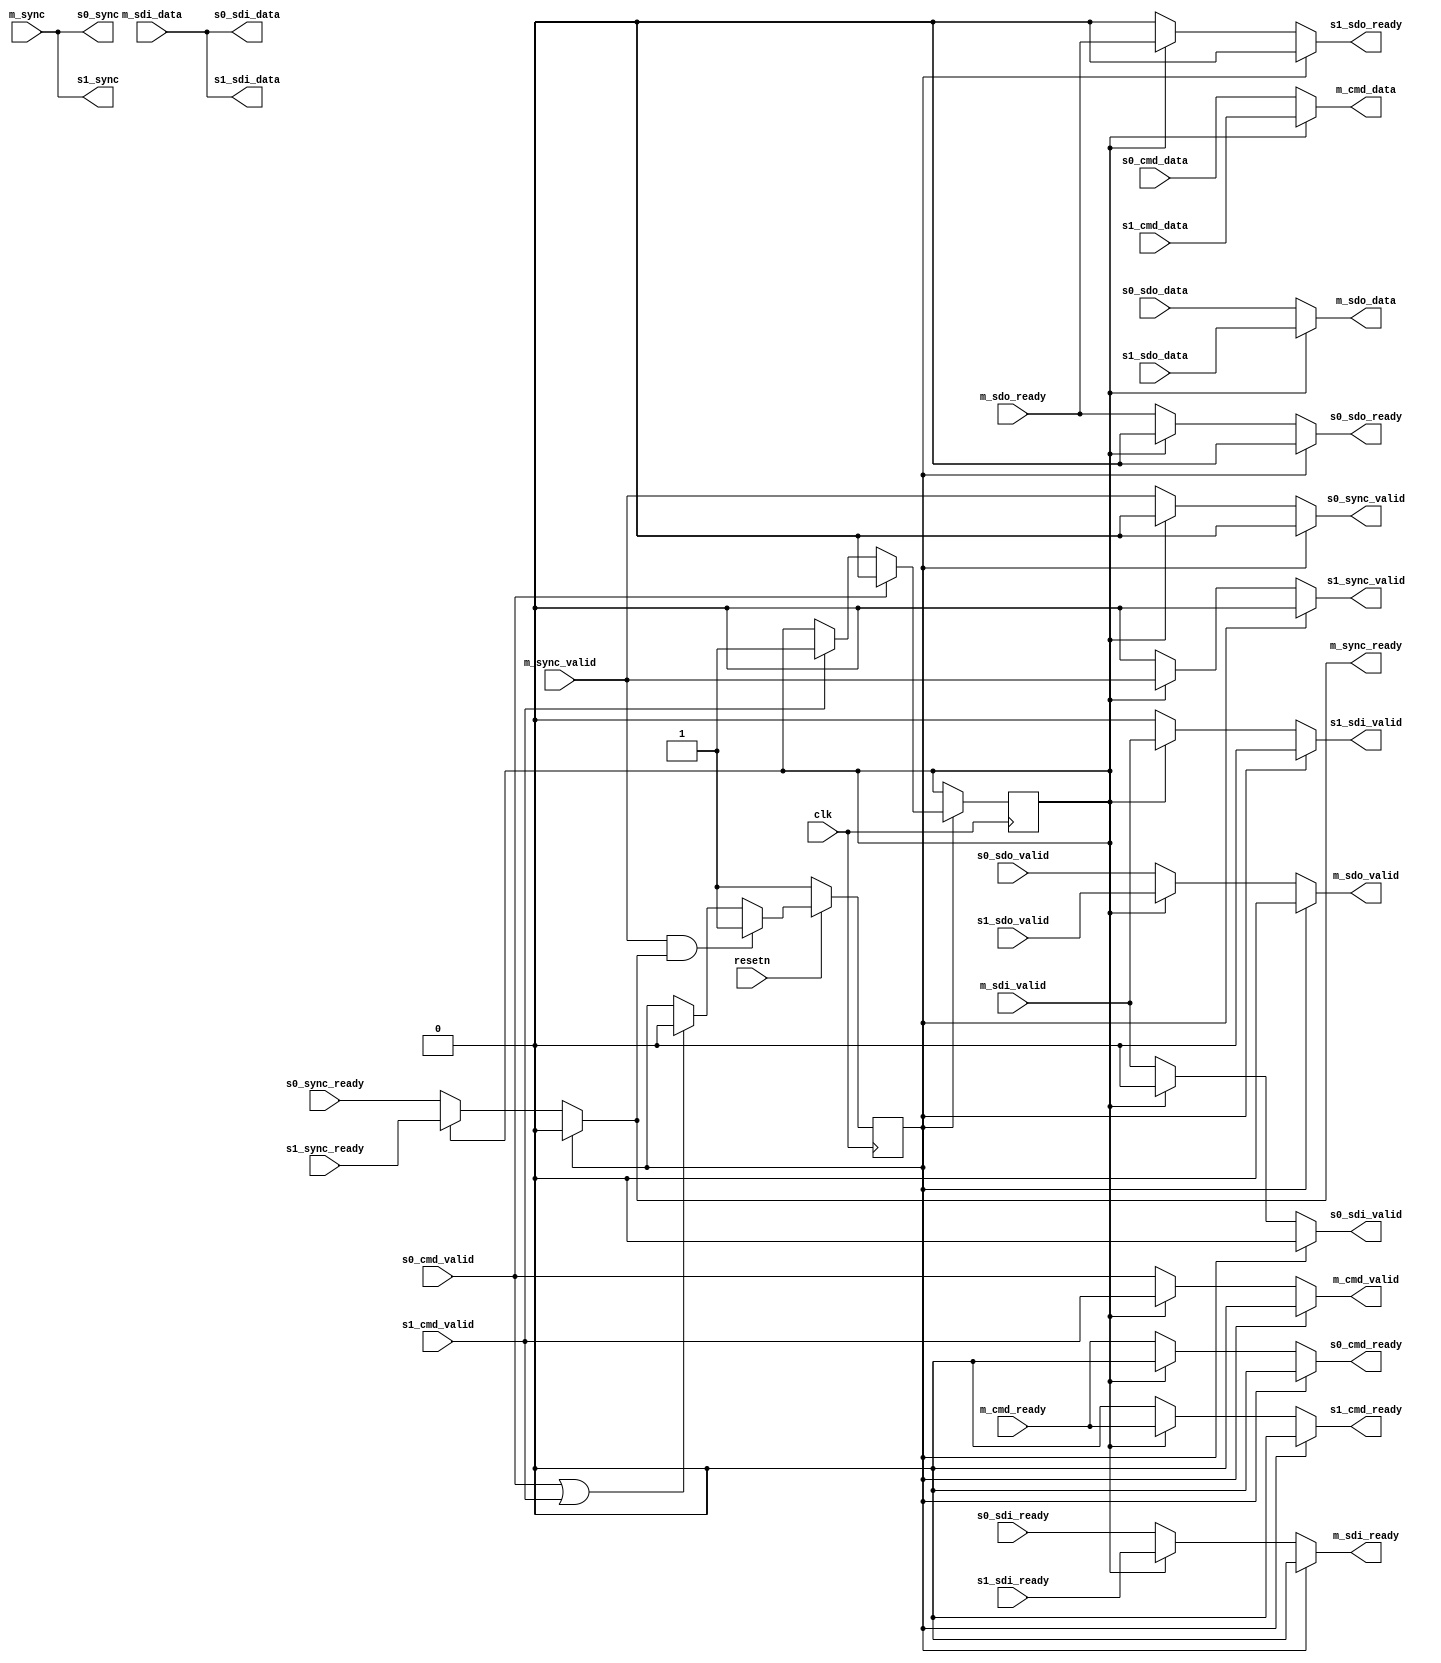
// ***************************************************************************
// ***************************************************************************
// Copyright 2014 - 2017 (c) Analog Devices, Inc. All rights reserved.
//
// In this HDL repository, there are many different and unique modules, consisting
// of various HDL (Verilog or VHDL) components. The individual modules are
// developed independently, and may be accompanied by separate and unique license
// terms.
//
// The user should read each of these license terms, and understand the
// freedoms and responsibilities that he or she has by using this source/core.
//
// This core is distributed in the hope that it will be useful, but WITHOUT ANY
// WARRANTY; without even the implied warranty of MERCHANTABILITY or FITNESS FOR
// A PARTICULAR PURPOSE.
//
// Redistribution and use of source or resulting binaries, with or without modification
// of this file, are permitted under one of the following two license terms:
//
//   1. The GNU General Public License version 2 as published by the
//      Free Software Foundation, which can be found in the top level directory
//      of this repository (LICENSE_GPL2), and also online at:
//      <https://www.gnu.org/licenses/old-licenses/gpl-2.0.html>
//
// OR
//
//   2. An ADI specific BSD license, which can be found in the top level directory
//      of this repository (LICENSE_ADIBSD), and also on-line at:
//      https://github.com/analogdevicesinc/hdl/blob/master/LICENSE_ADIBSD
//      This will allow to generate bit files and not release the source code,
//      as long as it attaches to an ADI device.
//
// ***************************************************************************
// ***************************************************************************

`timescale 1ns/100ps

module spi_engine_interconnect #(

  parameter DATA_WIDTH = 8,                   // Valid data widths values are 8/16/24/32
  parameter NUM_OF_SDI = 1 ) (

  input clk,
  input resetn,

  output m_cmd_valid,
  input m_cmd_ready,
  output [15:0] m_cmd_data,

  output m_sdo_valid,
  input m_sdo_ready,
  output [(DATA_WIDTH-1):0] m_sdo_data,

  input m_sdi_valid,
  output m_sdi_ready,
  input [(NUM_OF_SDI * DATA_WIDTH-1):0] m_sdi_data,

  input m_sync_valid,
  output m_sync_ready,
  input [7:0] m_sync,


  input s0_cmd_valid,
  output s0_cmd_ready,
  input [15:0] s0_cmd_data,

  input s0_sdo_valid,
  output s0_sdo_ready,
  input [(DATA_WIDTH-1):0] s0_sdo_data,

  output s0_sdi_valid,
  input s0_sdi_ready,
  output [(NUM_OF_SDI * DATA_WIDTH-1):0] s0_sdi_data,

  output s0_sync_valid,
  input s0_sync_ready,
  output [7:0] s0_sync,


  input s1_cmd_valid,
  output s1_cmd_ready,
  input [15:0] s1_cmd_data,

  input s1_sdo_valid,
  output s1_sdo_ready,
  input [(DATA_WIDTH-1):0] s1_sdo_data,

  output s1_sdi_valid,
  input s1_sdi_ready,
  output [(NUM_OF_SDI * DATA_WIDTH-1):0] s1_sdi_data,

  output s1_sync_valid,
  input s1_sync_ready,
  output [7:0] s1_sync
);

reg s_active = 1'b0;

reg idle = 1'b1;

`define spi_engine_interconnect_mux(s0, s1) (idle == 1'b1 ? 1'b0 : (s_active == 1'b0 ? s0 : s1))

assign m_cmd_data   = s_active == 1'b0 ? s0_cmd_data : s1_cmd_data;
assign m_cmd_valid  = `spi_engine_interconnect_mux(s0_cmd_valid, s1_cmd_valid);
assign s0_cmd_ready = `spi_engine_interconnect_mux(m_cmd_ready, 1'b0);
assign s1_cmd_ready = `spi_engine_interconnect_mux(1'b0, m_cmd_ready);

assign m_sdo_data   = s_active == 1'b0 ? s0_sdo_data : s1_sdo_data;
assign m_sdo_valid  = `spi_engine_interconnect_mux(s0_sdo_valid, s1_sdo_valid);
assign s0_sdo_ready = `spi_engine_interconnect_mux(m_sdo_ready, 1'b0);
assign s1_sdo_ready = `spi_engine_interconnect_mux(1'b0, m_sdo_ready);

assign s0_sdi_data  = m_sdi_data;
assign s1_sdi_data  = m_sdi_data;
assign m_sdi_ready  = `spi_engine_interconnect_mux(s0_sdi_ready, s1_sdi_ready);
assign s0_sdi_valid = `spi_engine_interconnect_mux(m_sdi_valid, 1'b0);
assign s1_sdi_valid = `spi_engine_interconnect_mux(1'b0, m_sdi_valid);

assign s0_sync       = m_sync;
assign s1_sync       = m_sync;
assign m_sync_ready  = `spi_engine_interconnect_mux(s0_sync_ready, s1_sync_ready);
assign s0_sync_valid = `spi_engine_interconnect_mux(m_sync_valid, 1'b0);
assign s1_sync_valid = `spi_engine_interconnect_mux(1'b0, m_sync_valid);

always @(posedge clk) begin
  if (idle == 1'b1) begin
    if (s0_cmd_valid)
      s_active <= 1'b0;
    else if (s1_cmd_valid)
      s_active <= 1'b1;
  end
end

always @(posedge clk) begin
  if (resetn == 1'b0) begin
    idle = 1'b1;
  end else begin
    if (m_sync_valid == 1'b1 && m_sync_ready == 1'b1) begin
      idle <= 1'b1;
    end else if (s0_cmd_valid == 1'b1 || s1_cmd_valid == 1'b1) begin
      idle <= 1'b0;
    end
  end
end

endmodule